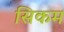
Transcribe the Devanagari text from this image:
सिकम